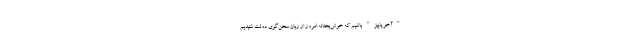
"آخر پاییز" باشیم که خوش‌بختانه امروز از زبان سخن‌گوی دولت شنیدیم